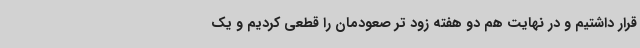
قرار داشتیم و در نهایت هم دو هفته زود تر صعودمان را قطعی کردیم و یک